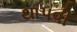
થાપવી